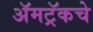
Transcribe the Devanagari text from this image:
ॲमट्रॅकचे